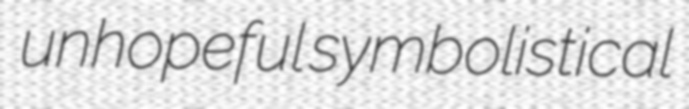
unhopeful symbolistical